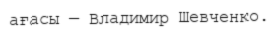
ағасы — Владимир Шевченко.